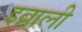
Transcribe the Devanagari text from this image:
इब्राली